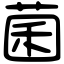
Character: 菌